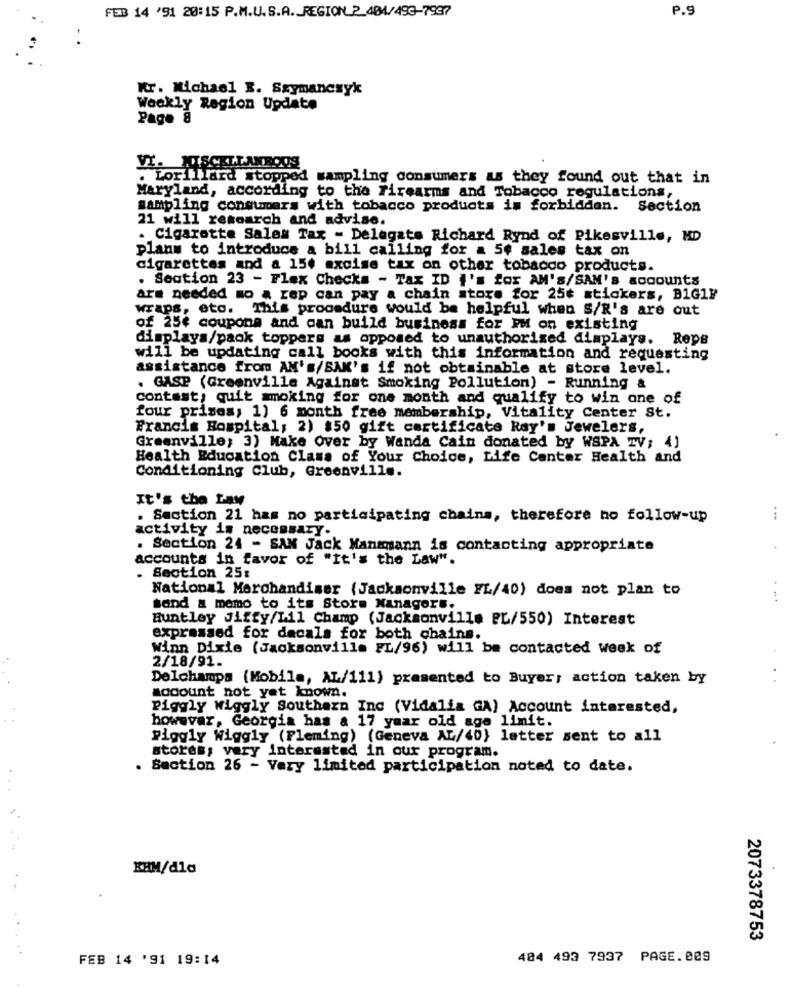
P.9
FEB 14 '91 20:15 P.M.U.S.A. REGION_2_404/493-7937
Kr. Michael E. Szymanczyk
Weekly Region Update
Page 8
VI. MISCELLANEOUS
. Lorillard stopped sampling consumers as they found out that in
Maryland, according to the Firearms and Tobacco regulations,
sampling consumers with tobacco products is forbidden. Section
21 will research and advise.
. Cigarette Sales Tax - Delegate Richard Rynd of Pikesville, MD
plans to introduce a bill calling for a 5# sales tax on
cigarettes and a 154 excise tax on other tobacco products.
. Seation 23 - Flex Checks - Tax ID i'm for AM's/SAN'S accounts
are needed mo . rep can pay a chain store for 25₺ stickers, B1G1F
wraps, eto. This procedure would be helpful when $/R's are out
of 25¢ coupons and can build business for PM on existing
displays/paok toppers as opposed to unauthorized displays.
Repe
will be updating call books with this information and requesting
assistance from AM's/SAK's if not obtainable at store level.
. GASP (Greenville Against Smoking Pollution) - Running &
contast; quit smoking for one month and qualify to win one of
four prises; 1) 6 month free membership, Vitality Center St.
Francis Hospital; 2) $50 gift certificate Ray's Jewelers,
Greenville; 3) Make Over by Wanda Cain donated by WSPA TV; 4]
Health Education Class of Your Choice, Life Canter Health and
Conditioning Club, Greenville.
It's the Law
. Section 21 has no participating chains, therefore no follow-up
...
activity is necessary.
. Section 24 - SAN Jack Manmmann is contacting appropriate
accounts in favor of "It's the Law".
. Section 25:
National Merchandiser (Jacksonville FL/40) does not plan to
sand a memo to its Store Managers.
Huntley Jiffy/Lil Champ (Jacksonville PL/550) Interest
expressed for dacals for both chains.
Winn Dixie (Jacksonville FL/96) will be contacted week of
2/18/91.
Delchamps (Mobile, AL/111) presented to Buyer; action taken by
socount not yet known.
Piggly Wiggly Southern Inc (Vidalia GA) Account interested,
however, Georgia has a 17 year old age limit.
Piggly Wiggly (Fleming) (Geneva AL/40} letter sent to all
stores; very interested in our program.
. Section 26 - Very limited participation noted to date.
EHM/dla
2073378753
FEB 14 '91 19:14
484 493 7937 PAGE.009